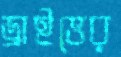
ড্রাইভের